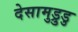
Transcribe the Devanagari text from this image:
देसामुड्रुडु